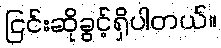
ငြင်းဆိုခွင့်ရှိပါတယ်။